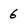
Character: 6